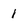
Character: 1